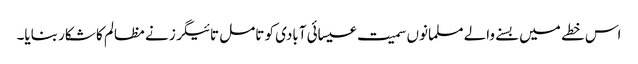
اس خطے میں بسنے والے مسلمانوں سمیت عیسائی آبادی کو تامل تائیگرز نے مظالم کا شکار بنایا۔